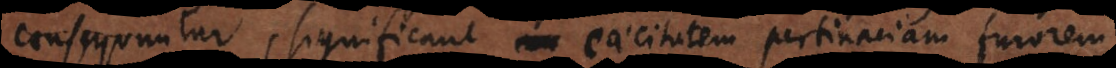
consequuntur, significant caecitatem pertinaciam furorem,